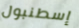
إسطنبول